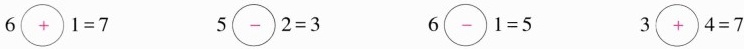
$$6\bigcirc {+}1=7$$ $$5\bigcirc {-}2=3$$ $$6\bigcirc {-}1=5$$ $$3\bigcirc {+}4=7$$